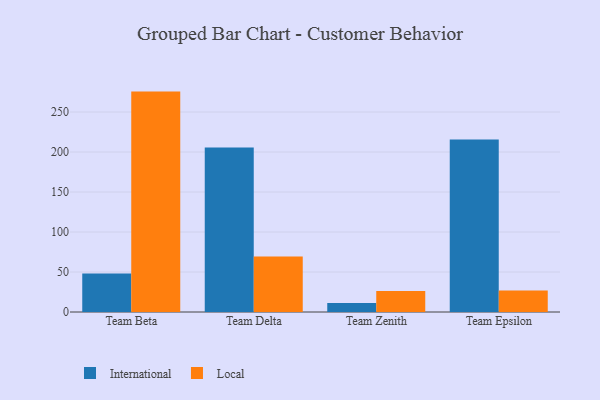
{"axis": {"x": "Team", "y": "Production Output"}, "legend": ["International", "Local"], "data": [{"x": "Team Beta", "y": 48.2, "type": "International"}, {"x": "Team Beta", "y": 275.5, "type": "Local"}, {"x": "Team Delta", "y": 205.5, "type": "International"}, {"x": "Team Delta", "y": 69.5, "type": "Local"}, {"x": "Team Zenith", "y": 11.3, "type": "International"}, {"x": "Team Zenith", "y": 26.2, "type": "Local"}, {"x": "Team Epsilon", "y": 215.5, "type": "International"}, {"x": "Team Epsilon", "y": 26.9, "type": "Local"}]}